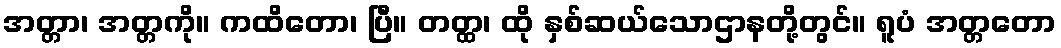
အတ္တာ၊ အတ္တကို။ ကထိတော၊ ပြီ။ တတ္ထ၊ ထို နှစ်ဆယ်သောဌာနတို့တွင်။ ရူပံ အတ္တတော